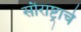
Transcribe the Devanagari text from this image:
सौराष्ट्राचे